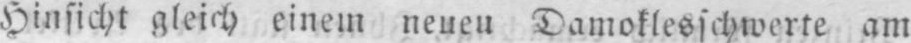
Hinsicht gleich einem neueu Damoklesschwerte am